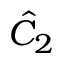
\hat { C } _ { 2 }